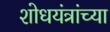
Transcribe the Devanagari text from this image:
शोधयंत्रांच्या